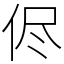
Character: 侭